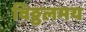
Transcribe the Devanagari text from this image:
विठ्ठलमय